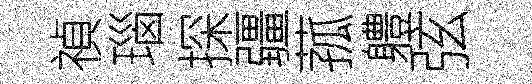
禎瑙探疆菰軆弦